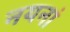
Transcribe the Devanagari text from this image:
नयनां